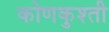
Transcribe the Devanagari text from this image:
कोणकुश्ती